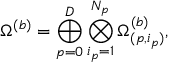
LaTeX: \Omega ^ { ( b ) } = \bigoplus _ { p = 0 } ^ { D } \bigotimes _ { i _ { p } = 1 } ^ { N _ { p } } \Omega _ { ( p , i _ { p } ) } ^ { ( b ) } ,